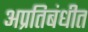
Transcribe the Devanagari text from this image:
अप्रतिबंधीत